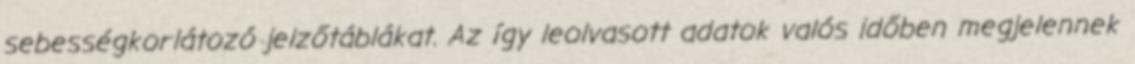
sebességkorlátozó jelzőtáblákat. Az így leolvasott adatok valós időben megjelennek